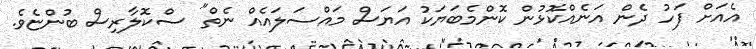
އެއަށް ފަހު ދެން އަނެއްކޮޅުން ކޮންމެބަޔަކު އަޔަސް މައްސަލައެއް ނެތް" ސްކޮލާރިސް ބުންޏެވެ.